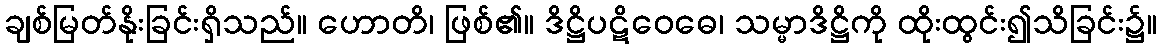
ချစ်မြတ်နိုးခြင်းရှိသည်။ ဟောတိ၊ ဖြစ်၏။ ဒိဋ္ဌိပဋိဝေဓေ၊ သမ္မာဒိဋ္ဌိကို ထိုးထွင်း၍သိခြင်း၌။